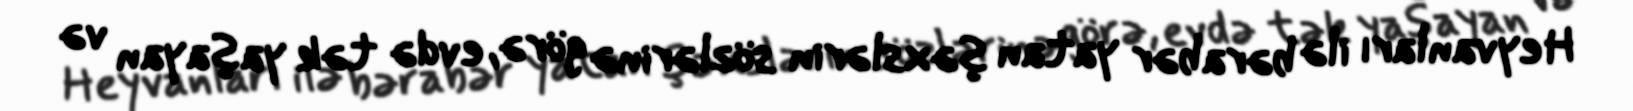
Heyvanları ilə bərabər yatan şəxslərin sözlərinə görə, evdə tək yaşayan və